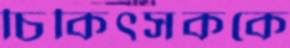
চিকিৎসককে